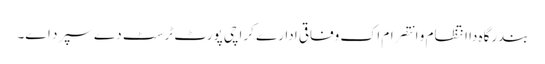
بندرگاہ دا انتظام و انتصرام اک وفاقی ادارے کراچی پورٹ ٹرسٹ دے سپرد ا‏‏ے۔